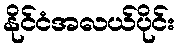
နိုင်ငံအလယ်ပိုင်း